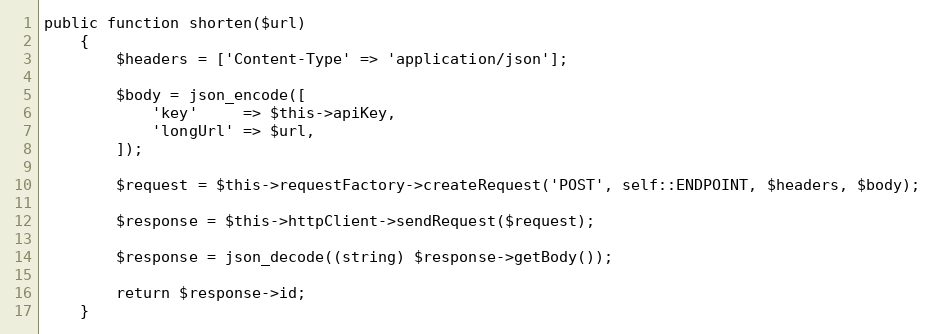
Language: PHP
public function shorten($url)
    {
        $headers = ['Content-Type' => 'application/json'];

        $body = json_encode([
            'key'     => $this->apiKey,
            'longUrl' => $url,
        ]);

        $request = $this->requestFactory->createRequest('POST', self::ENDPOINT, $headers, $body);

        $response = $this->httpClient->sendRequest($request);

        $response = json_decode((string) $response->getBody());

        return $response->id;
    }